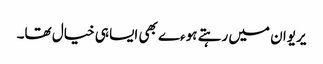
یریوان میں رہتے ہوءے بھی ایسا ہی خیال تھا۔